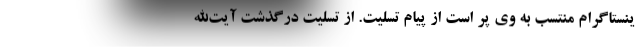
ینستاگرام منتسب به وی پر است از پیام تسلیت. از تسلیت درگذشت آیت‌الله